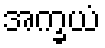
အက္ခယံ